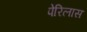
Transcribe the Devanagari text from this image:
पेरिलास